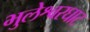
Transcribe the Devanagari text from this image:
भुलेश्वरघाट